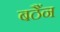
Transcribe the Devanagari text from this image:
बठैंन